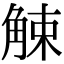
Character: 觫